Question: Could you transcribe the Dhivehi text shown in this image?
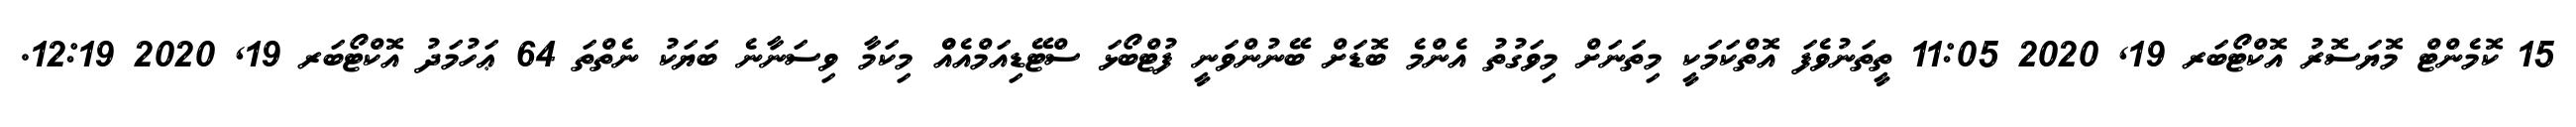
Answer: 15 ކޮމެންޓް މޮޔަސޮރު އޮކްޓޯބަރ 19, 2020 11:05 ތީތަނުވެފަ އޮތްކަމަކީ މިތަނަށް މިވަގުތު އެންމެ ބޮޑަށް ބޭނުންވަނީ ފުޓްބޯޅަ ސްޓޭޑިއަމްއެއްް މިކަމާ ވިސަނާނެ ބަޔަކު ނެތްތަ 64 ޢަހުމަދު އޮކްޓޯބަރ 19, 2020 12:19.